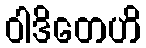
ဝါဒိတေဟိ